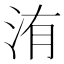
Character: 洧